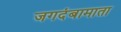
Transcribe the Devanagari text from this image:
जगदंबामाता